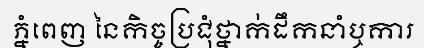
ភ្នំពេញ នៃកិច្ចប្រជុំថ្នាក់ដឹកនាំឬការ